Report on horse surra - Volume II, Part I
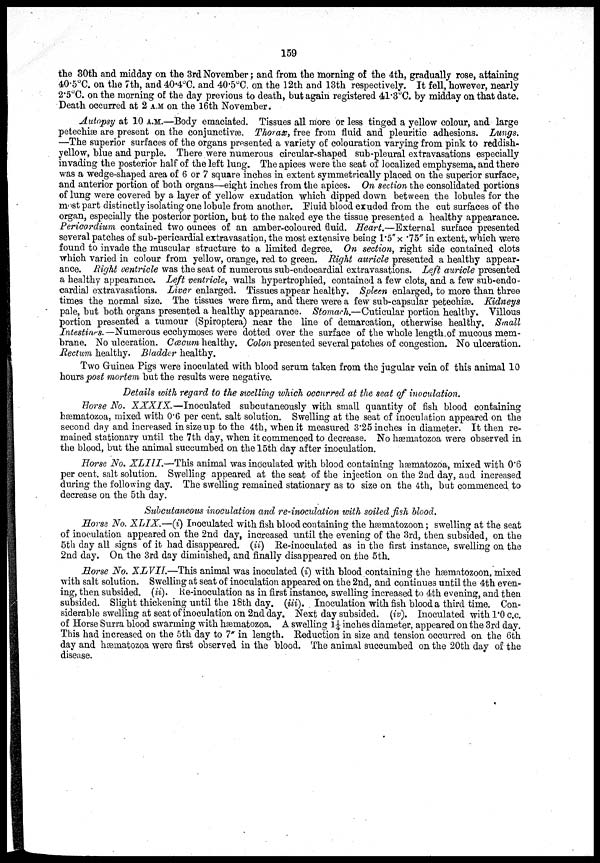
159
the 30th and midday on the 3rd November; and from the morning of the 4th, gradually rose, attaining
40.5°C. on the 7th, and 40.4°C. and 40.5°C. on the 12th and 13th respectively. It fell, however, nearly
2.5°C. on the morning of the day previous to death, but again registered 41.3°C. by midday on that date.
Death occurred at 2 A.M. on, the 16th November.
Autopsy at 10 A.M.—Body emaciated. Tissues all more or less tinged a yellow colour, and large
petechias are present on the conjunctivæ. Thorato, free from fluid and pleuritic adhesions. Lungs.
—The superior surfaces of the organs presented a variety of colouration varying from pink to reddish-
yellow, blue and purple. There were numerous circular-shaped sub-pleural extravasations especially
invading the posterior half of the left lung. The apices were the seat of localized emphysema, and there
was a wedge-shaped area of 6 or 7 square inches in extent symmetrically placed on the superior surface,
and anterior portion of both organs—eight inches from the apices. On section the consolidated portions
of lung were covered by a layer of yellow exudation which dipped down between the lobules for the
most part distinctly isolating one lobule from another. Fluid blood exuded from the cut surfaces of the
organ, especially the posterior portion, but to the naked eye the tissue presented a healthy appearance.
Pericardium contained two ounces of an amber-coloured fluid. Heart.—External surface presented
several patches of sub-pericardial extravasation, the most extensive being 1.5" × .75" in extent, which were
found to invade the muscular structure to a limited degree. On section, right side contained clots
which varied in colour from yellow, orange, red to green. Right auricle presented a healthy appear-
ance.* Right ventricle was the seat of numerous sub-endocardial extravasations. Left auricle presented
a healthy appearance. Left ventricle, walls hypertrophied, contained a few clots, and a few sub-endo-
cardial extravasations. Liver enlarged. Tissues appear healthy. Spleen enlarged, to more than three
times the normal size. The tissues were firm, and there were a few sub-capsular petechiæ. Kidneys
pale, but both organs presented a healthy appearance. Stomach.—Cuticular portion healtby. Villous
portion presented a tumour (Spiroptera) near the line of demarcation, otherwise healthy. Small
Intestines.—Numerous ecchymoses were dotted. over the surface of the whole length.of mucous mem-
brane. No ulceration. Cœcum healthy. Colon presented several patches of congestion. No ulceration.
Rectum healthy. Bladder healthy.
Two Guinea Pigs were inoculated with blood serum taken from the jugular vein of this animal 10
hours post mortem but the results were negative.
Details with regard to the swelling which occurred at the seat of inoculation.
Horse No. XXXIX.—Inoculated
subcutaneously with small quantity of fish blood containing
hæmatozoa, mixed with 0.6 per cent. salt solution. Swelling at the seat of inoculation appeared on the
second day and increased in size up to the 4th, when it measured 3.25 inches in diameter. It then re-
mained stationary until the 7th day, when it commenced to decrease. No hæmatozoa were observed in
the blood, but the animal succumbed on the 15th day after inoculation.
Horse No, XLIII.—This animal was inoculated with blood containing hæmatozoa, mixed with 0.6
per cent, salt solution. Swelling appeared at the seat of the injection on the 2nd day, and increased
during the following day. The swelling remained stationary as to size on the 4th, but commenced to
decrease on the 5th day.
Subcutaneous inoculation and re-inoculation with soiled fish blood.
Horse No. XLIX.—(i) Inoculated with fish blood containing the hæmatozoon; swelling at the seat
of inoculation appeared on the 2nd day, increased until the evening of the 3rd, then subsided, on the
5th day all signs of it had disappeared, (ii) Re-inoculated as in the first instance, swelling on the
2nd day. On the 3rd day diminished, and finally disappeared on the 5th.
Horse No. XLVII.—This animal was inoculated (i) with blood containing the hæmatozoon, mixed
with salt solution. Swelling at seat of inoculation appeared on the 2nd, and continues until the 4th even-
ing, then subsided, (ii). Re-inoculation as in first instance, swelling increased to 4th evening, and then
subsided. Slight thickening until the l8th day. (iii), . Inoculation with fish blood a third time. Con-
siderable swelling at seat of inoculation on 2nd day. Next day subsided. (iv). Inoculated with 1.0 c.c.
of Horse Surra blood swarming with hæmatozoa. A swelling 1 1/4 inches diameter, appeared on the 3rd day.
This had increased on the 5th day to 1" in length. Reduction in size and tension occurred on the 6th
day and hæmatozoa were first observed in the blood. The animal succumbed on the 20th day of the
disease.